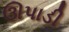
ઊપાડી